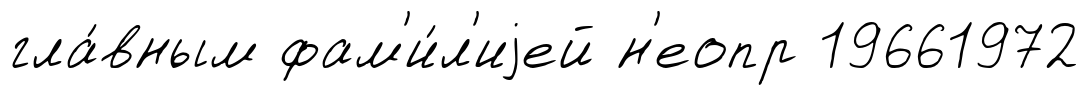
гла́вным фам'и́л'иjей н'еопр 19661972